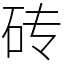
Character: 砖